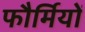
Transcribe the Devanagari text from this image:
फौर्मियों